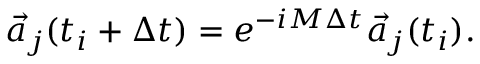
\vec { a } _ { j } ( t _ { i } + \Delta t ) = e ^ { - i M \Delta t } \vec { a } _ { j } ( t _ { i } ) .